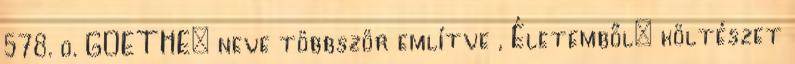
578. o. GOETHE: neve többször említve , Életemből: költészet